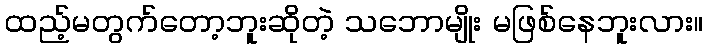
ထည့်မတွက်တော့ဘူးဆိုတဲ့ သဘောမျိုး မဖြစ်နေဘူးလား။